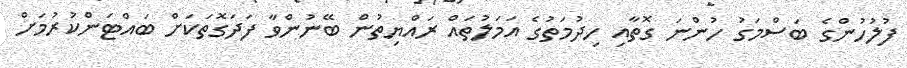
ފުލުހުންގެ ބަސްމަގު ހުންނަ ގޮތާއި ހިދުމަތުގެ އަމަލުތައް ރައްޔިތުން ބޭނުންވާ ފަދަގޮތަކަށް ބައްޓަންކުރުމަށް